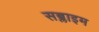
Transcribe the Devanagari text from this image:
सब्लाइम